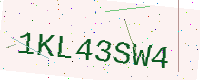
Text: 1KL43SW4